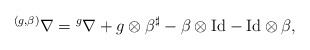
\begin{align*}{}^{(g,\beta)}\nabla={}^g\nabla+g\otimes \beta^{\sharp}-\beta\otimes\mathrm{Id}-\mathrm{Id}\otimes \beta, \end{align*}